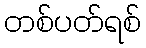
တစ်ပတ်ရစ်